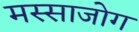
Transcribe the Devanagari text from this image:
मस्साजोग